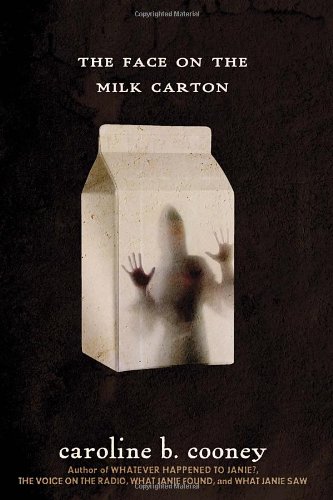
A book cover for The Face on the Milk Carton; Caroline B. Cooney; Biographies & Memoirs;